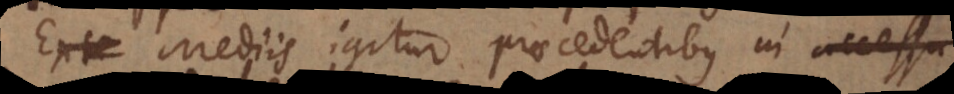
Ex Mediis igitur procedentibus in